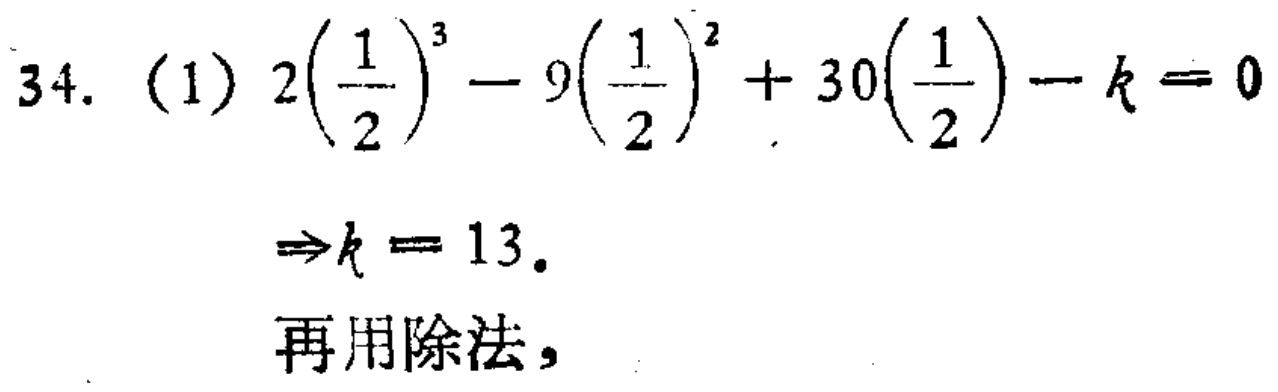
\[
\begin{align*}
34.\ (1)\ 2\left(\frac{1}{2}\right)^{3}-9\left(\frac{1}{2}\right)^{2}+30\left(\frac{1}{2}\right)-k&=0\\
\Rightarrow k&=13.\\
\text{再用除法，}
\end{align*}
\]